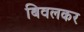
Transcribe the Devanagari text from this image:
बिवलकर